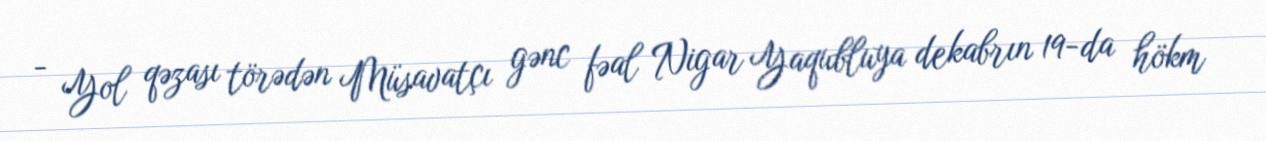
- Yol qəzası törədən Müsavatçı gənc fəal Nigar Yaqubluya dekabrın 19-da hökm